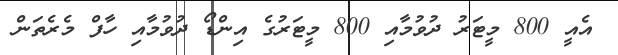
އެއީ 800 މީޓަރު ދުވުމާއި 800 މީޓަރުގެ އިންޑޯ ދުވުމާއި ހާފް މެރެތަން